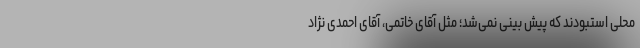
محلی استبودند که پیش بینی نمی‌شد؛ مثل آقای خاتمی، آقای احمدی نژاد